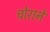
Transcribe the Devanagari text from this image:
चोराने